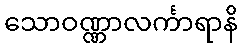
သောဝဏ္ဏာလင်္ကာရာနိ